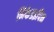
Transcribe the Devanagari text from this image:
निफेडइपिन